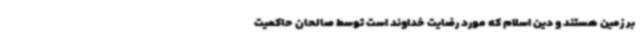
بر زمین هستند و دین اسلام که مورد رضایت خداوند است توسط صالحان حاکمیت